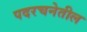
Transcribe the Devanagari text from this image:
पदरचनेतील